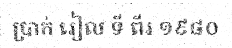
ប្រាក់ រៀល ទី ពីរ ១៩៨០